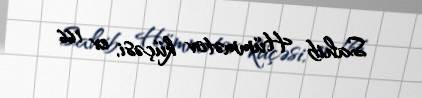
Sahib Hümmətov küçəsi, ev 166